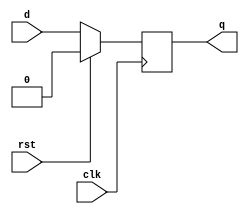
module dff_sync(d,clk,rst,q);

input d;
input clk;
input rst;

output reg q;

always @(posedge clk )
begin
	if(rst==0)
		q <= d;
	else
		q <=0;
end

endmodule